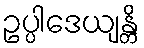
ဥပ္ပါဒေယျန္တိ